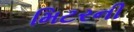
મિટરની